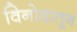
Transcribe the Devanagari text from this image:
विनोदातून